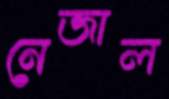
নেজাল